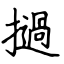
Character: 撾